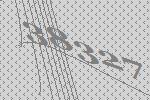
38327